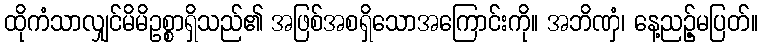
ထိုကံသာလျှင်မိမိဥစ္စာရှိသည်၏ အဖြစ်အစရှိသောအကြောင်းကို။ အဘိဏှံ၊ နေ့ညဉ့်မပြတ်။